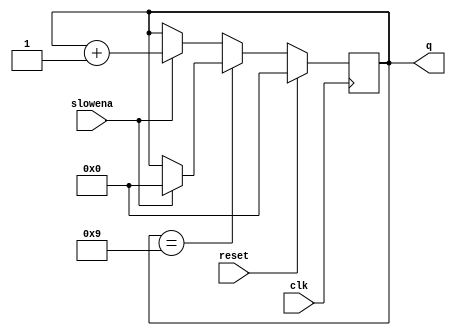
module top_module (
    input clk,
    input slowena,
    input reset,
    output [3:0] q);
    
    always@(posedge clk)
    begin
        if(reset)
            q <= 4'd0;
        else begin
            if(q == 4'd9)
                q <= slowena ? 4'd0 : q;
            else
                q <= slowena ? (q + 1'b1) : q;
        end
    end

endmodule